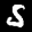
Label: 5